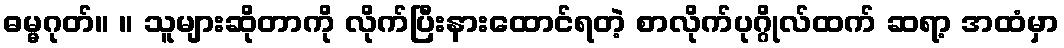
ဓမ္မဂုတ်။ ။ သူများဆိုတာကို လိုက်ပြီးနားထောင်ရတဲ့ စာလိုက်ပုဂ္ဂိုလ်ထက် ဆရာ့ အထံမှာ